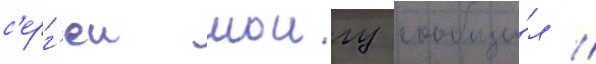
с'ерг'еи шоигу сообщи́л /